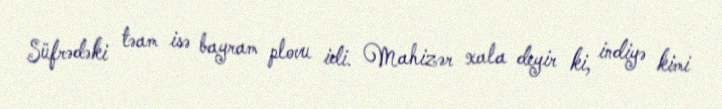
Süfrədəki təam isə bayram plovu idi. Mahizər xala deyir ki, indiyə kimi